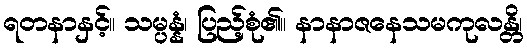
ရတနာနှင့်။ သမ္ပန္နံ၊ ပြည့်စုံ၏။ နာနာဇနေသမကုလန္တိ၊